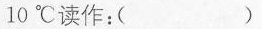
10℃读作：( )